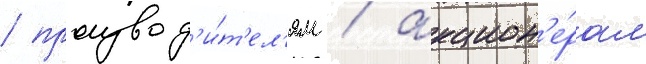
/ производ'и́т'ел'ям / акцион'е́рам